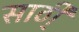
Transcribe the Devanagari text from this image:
साठी्